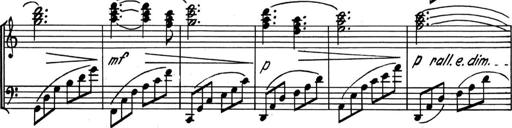
Title: Kleine Sonate
Composer: Raoul Koczalski
Key: C major